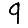
Digit: 9